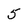
Character: 5